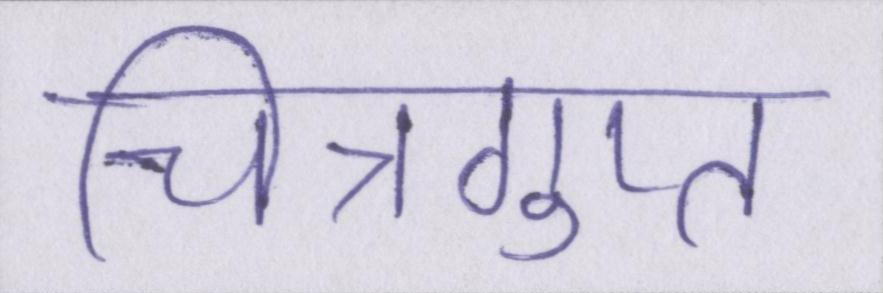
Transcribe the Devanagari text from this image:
चित्रगुप्त